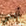
أنني